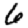
Digit: 6